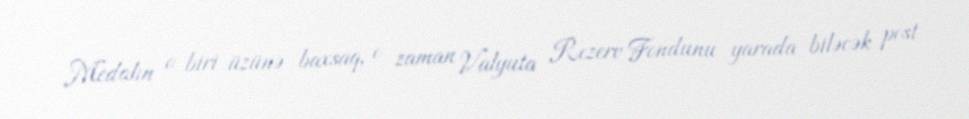
Medalın o biri üzünə baxsaq, o zaman Valyuta Rezerv Fondunu yarada biləcək post